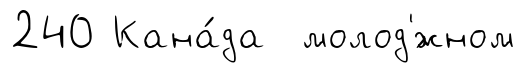
240 Кана́да молод'́жном